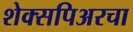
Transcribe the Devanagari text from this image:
शेक्सपिअरचा